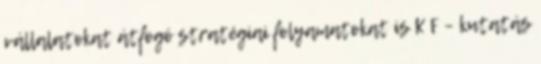
vállalatokat átfogó stratégiai folyamatokat is K F – kutatás